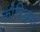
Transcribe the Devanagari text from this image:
कोरिअना